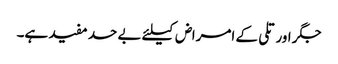
جگر اور تلی کے امراض کیلئے بے حد مفید ہے۔